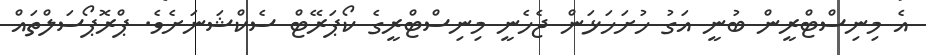
އެ މިނިސްޓްރީން ބުނީ އަގު ހުށަހަޅަން ޖެހެނީ މިނިސްޓްރީގެ ކޯޕަރޭޓް ސެކްޝަނަށެވެ. ޕްރޮޕޯސަލްތައް